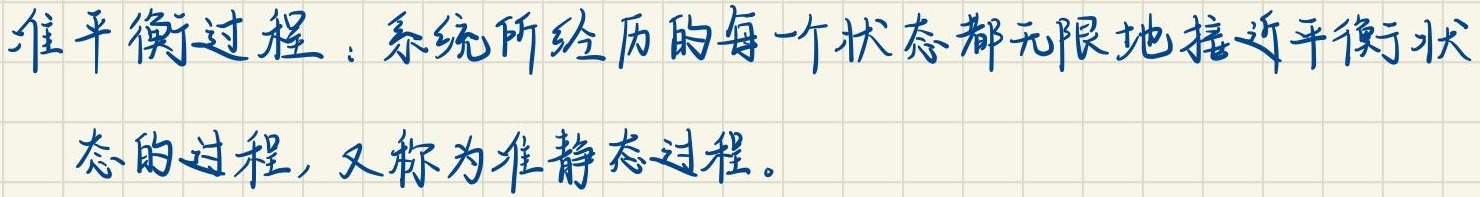
准平衡过程：系统所经历的每一个状态都无限地接近平衡状态的过程，又称为准静态过程。